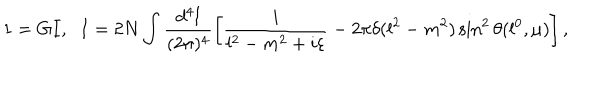
LaTeX: 1 = G I , \; \; I = 2 N \int \frac { d ^ { 4 } l } { ( 2 \pi ) ^ { 4 } } \left[ \frac { i } { l ^ { 2 } - m ^ { 2 } + i \varepsilon } - 2 \pi \delta ( l ^ { 2 } - m ^ { 2 } ) \sin ^ { 2 } \theta ( l ^ { 0 } , \mu ) \right] ,